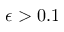
\epsilon > 0 . 1